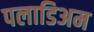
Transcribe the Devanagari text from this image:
पलाडिअम